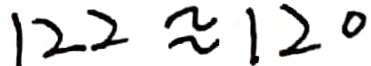
1 2 2 \approx 1 2 0